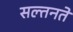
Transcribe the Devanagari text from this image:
सल्तनते